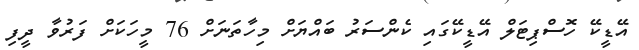
އޭޑީކޭ ހޮސްޕިޓަލް އޭޑީކޭގައި ކެންސަރު ބައްޔަށް މިހާތަނަށް 76 މީހަކަށް ފަރުވާ ދީފި